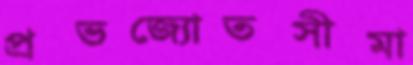
প্রভজ্যোতসীমা